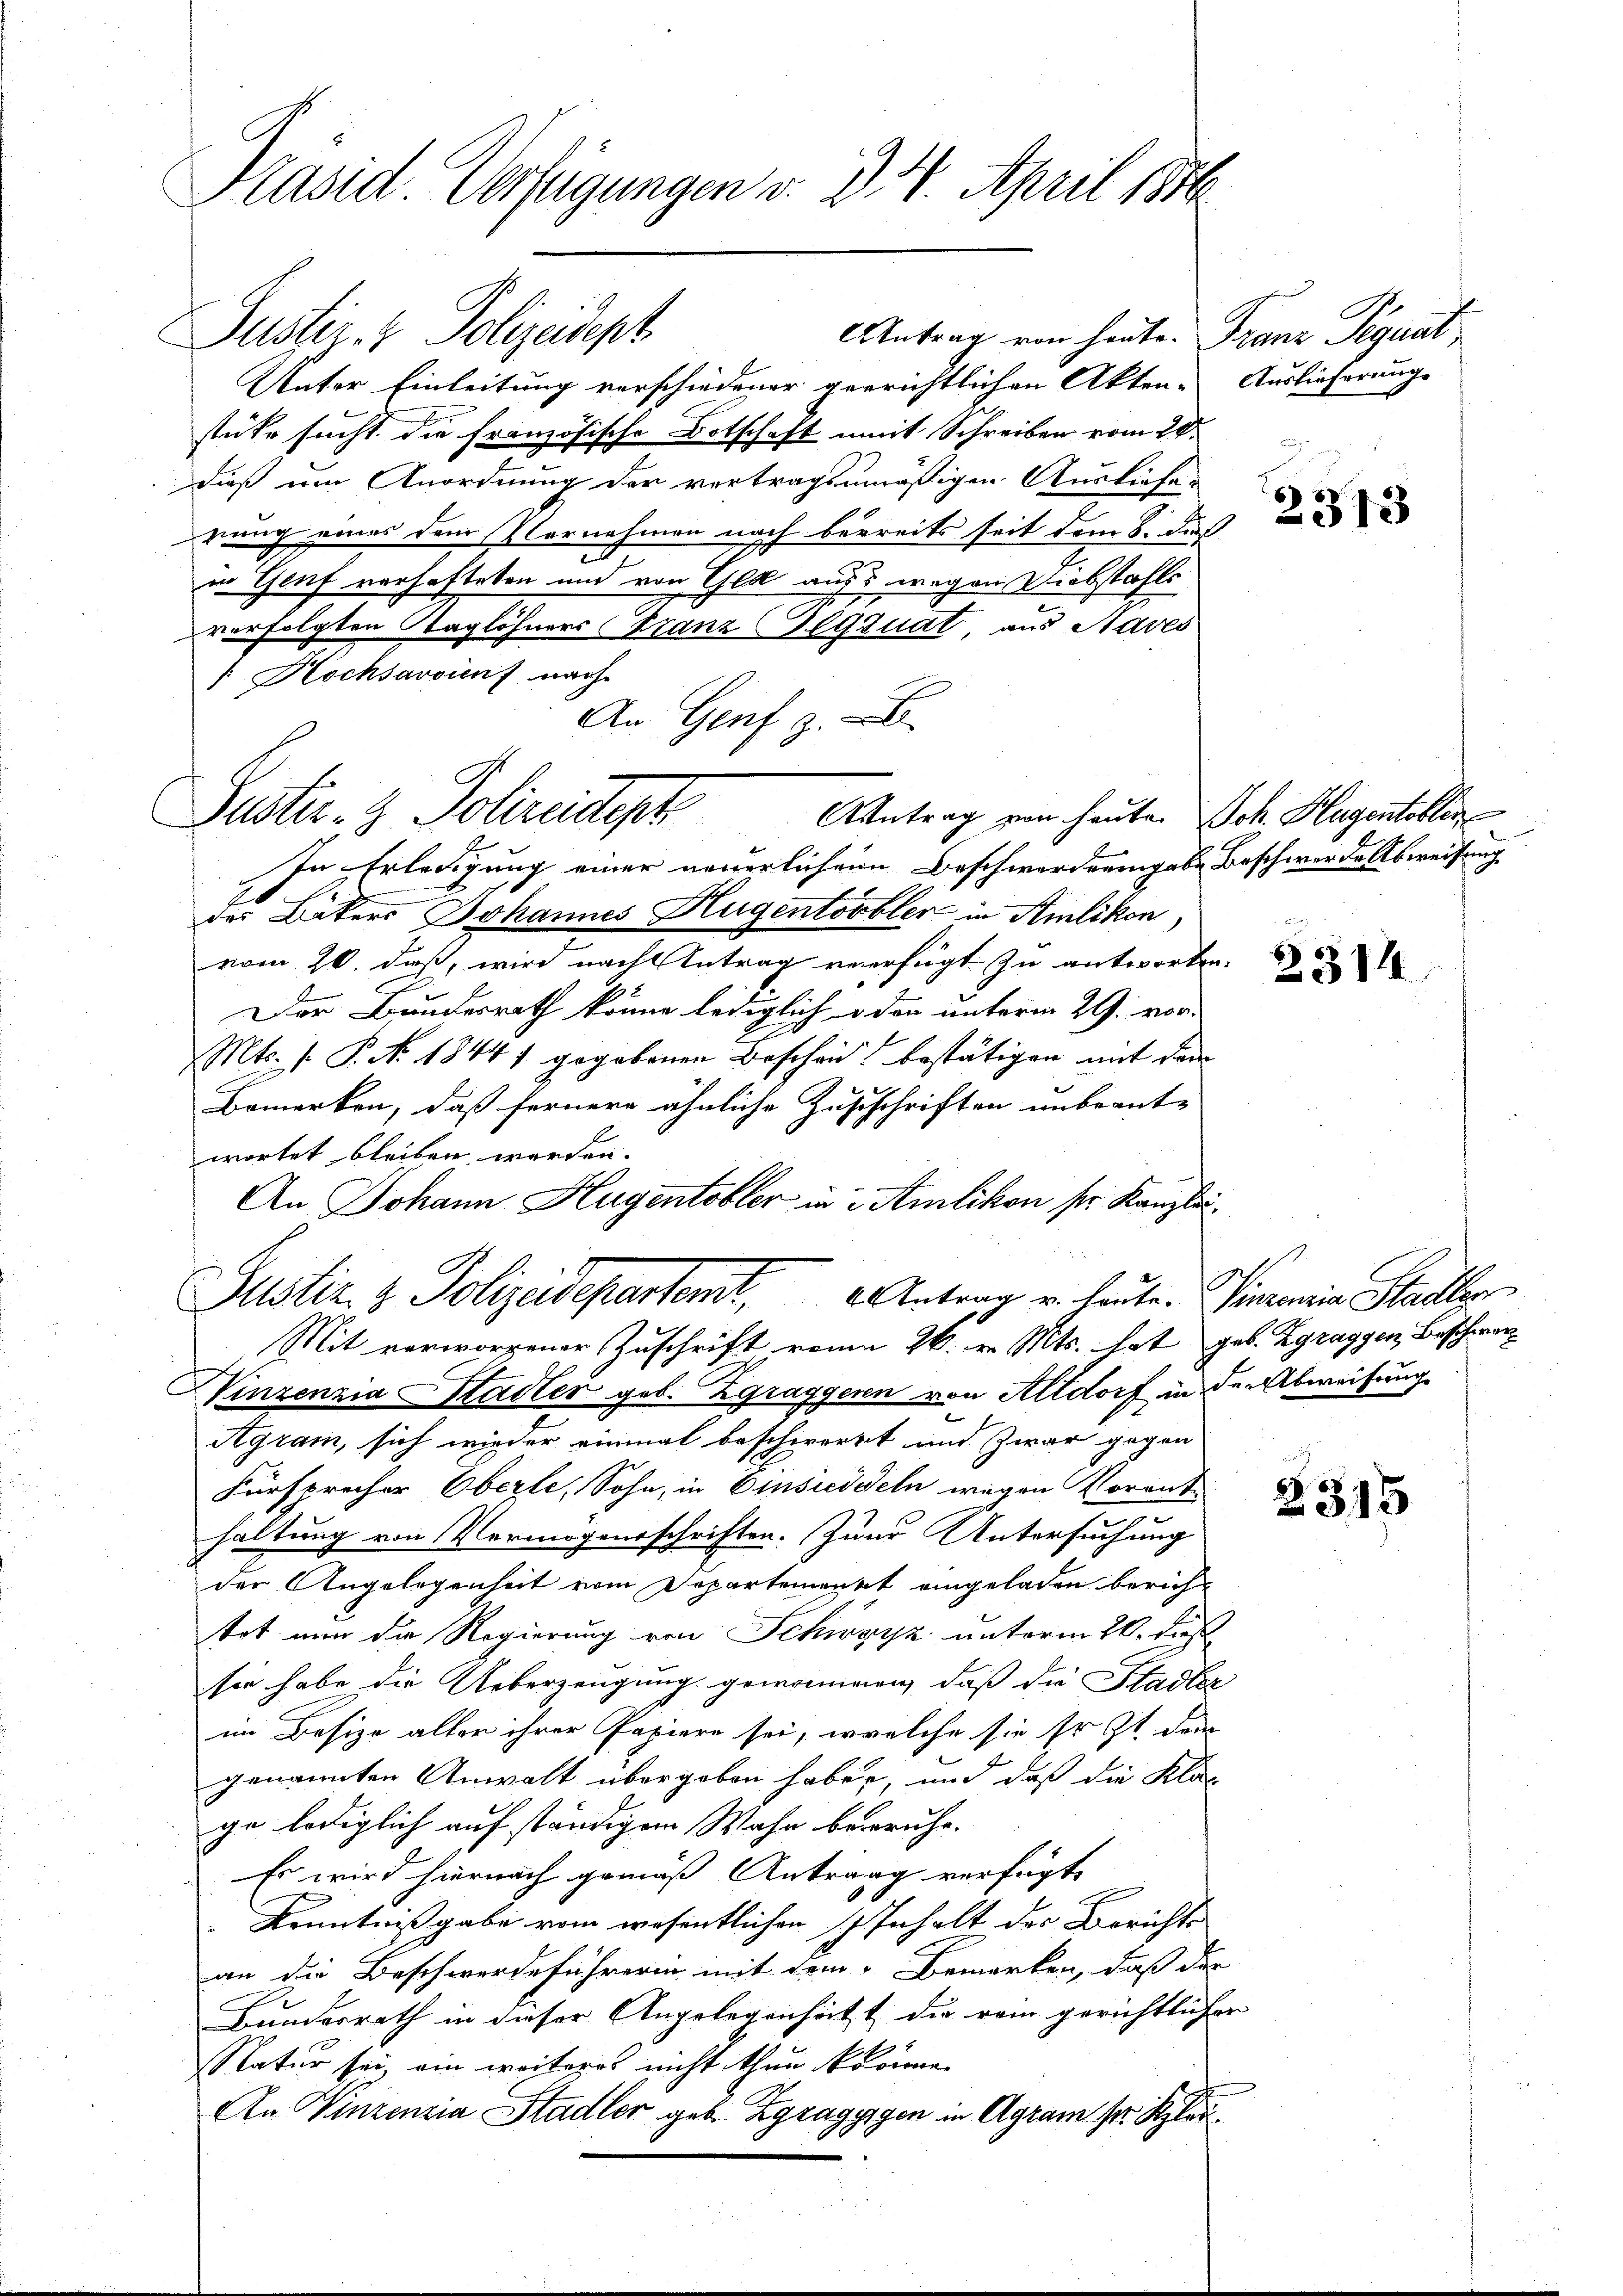
Präsid Verfügungen v. d. 4. April 1876

Justiz- & Polizeitigt

Antrag von heute. Franz Signat
Unter Einleitung verschiedener gerrichtlichen Akten-
stüke sucht die Französische Botschaft mit Schreiben vom 28.
dieß um Anordnung der vertragsmäßigen Ausliefe-
rung eines dem Vornahmen nach beereits seit dem 8. dieß
in Genf verhafteten und von Gek aufs wegen Liebstahls
verfolgten Staglöhners Franz Gequat aus Saves
[: Hochsavoinf nach
An Genf z
AAntrag von heute. Joh. Hagentobler
In Erledigung einer neuerlichen Beschwerderingabe Beschwerde Abweisung
des Bäkers Johannes Hugentobler in Amlikon
vom 20. daß, wird nacht Antrag vererfügt zu antworten.
Der Bundesrath könne lediglich oder unterm 29. vor-
Mts. f. P. Nr. 1844 gegebenen Bescheid bestätigen mit dem
Bemerken, daß fernere ähnliche Zustschriften unbeant-
wortet bleiben werden.
An Johann Hugentobler in Amlikon ser Kanzlei¬
Motiz & Polizeidepartemt, 2. Antrag u. heute. Simonia Stadler
Mit verworfener Zuschrift vom 26. v. Mts. hat geb. Zgraggen, Beschwer
Winzenzia Stadter geb. Zgraggeren von Altdorf in den Abweisung
Agram, sich wieder einmal beschwert und zwar gegen
Fürsprecher Oberle, Sohn, in Einsieddeln wegen Voranthaltung von Vermögensschriften. Zum Untersuchung
der Angelegenheit vom Departement eingeladen berich
tet nun die Regierung von Schwarz unterm 20. dies
sie habe die Ueberzeugung genommen, daß die Stadler
im Besize aller ihrer Papieren sei, welche sie sr. Zt. den
genannten Anwalt übergeben haben, und daß die Klas
ge lediglich auf ständigem Wahn beruhe.
Es wird hiernach gemäß Antrag verfügt
Kenntnißgabe vom wesentlichen Inhalt der Berichts
an die Beschwerdeführerin mit dem Bemerken, daß der
Bundesrath in dieser Angelegenhätzt die rein gerichtliche
Natur sei, ein weiteres nicht thun könne.
An Vinzenzia Stadler geb. Zgragygen in Agram her Klei¬

Justiz- & Polizeidept

Auslieferung.

2313

2314.

2315